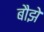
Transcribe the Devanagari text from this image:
बौझे